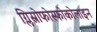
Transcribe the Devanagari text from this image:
ग्लिस्रोफोस्फोकोलाइन